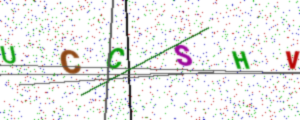
Text: UCCSHV